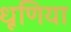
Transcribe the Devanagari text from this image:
धूणिया